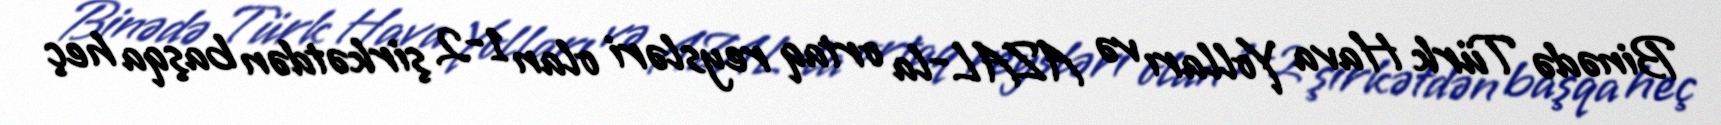
Binədə Türk Hava Yolları və AZAL-la ortaq reysləri olan 1-2 şirkətdən başqa heç